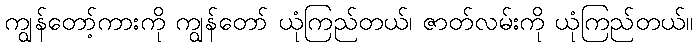
ကျွန်တော့်ကားကို ကျွန်တော် ယုံကြည်တယ်၊ ဇာတ်လမ်းကို ယုံကြည်တယ်။